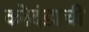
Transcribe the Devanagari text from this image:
कोदंडाची